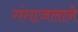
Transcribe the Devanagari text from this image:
गंगाजलाने